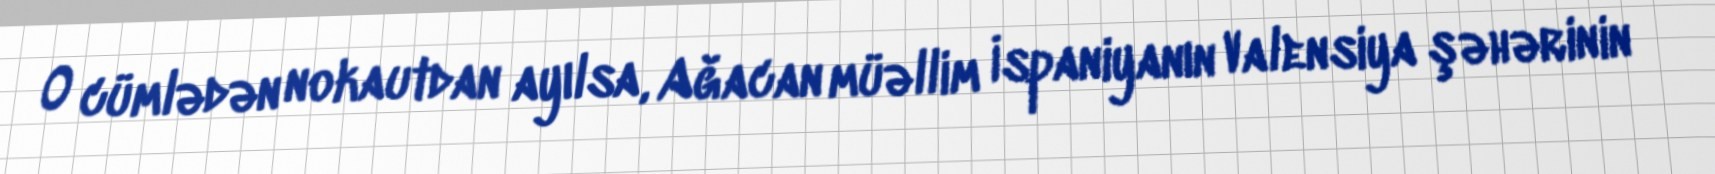
O cümlədən nokautdan ayılsa, Ağacan müəllim İspaniyanın Valensiya şəhərinin